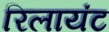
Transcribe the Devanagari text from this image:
रिलायंट